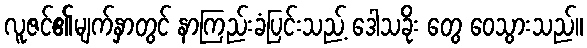
လူဇင်၏မျက်နှာတွင် နာကြည်းခံပြင်းသည့် ဒေါသခိုး တွေ ဝေသွားသည်။